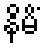
နိမိံ